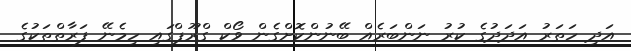
އަދި ހަތަރު އަދަދުގެ ކުރު ނަންބަރެއް ބޭނުންކޮށްގެން ވޯކް ގްރޫޕްގައި ހިމެނޭ ފަރާތްތަކުގެ